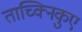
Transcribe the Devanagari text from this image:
ताच्क्निकुए